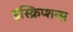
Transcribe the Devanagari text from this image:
इंस्क्रिप्शन्स